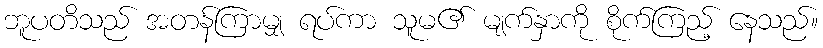
ဘူပတိသည် အတန်ကြာမျှ ရပ်ကာ သူမ၏ မျက်နှာကို စိုက်ကြည့် နေသည်။